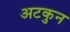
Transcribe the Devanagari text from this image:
अटकुन